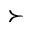
\succ